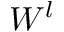
W ^ { l }